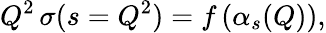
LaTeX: Q^{2}\, \sigma(s=Q^{2})=f\left(\alpha_{s}(Q)\right),